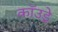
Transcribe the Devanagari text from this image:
कॉउड्रे